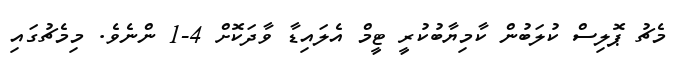
މެޗު ޕޮލިސް ކުލަބުން ކާމިޔާބުކުރީ ޓީމް އެލައިޑާ ވާދަކޮށް 4-1 ންނެވެ. މިމެޗުގައި